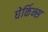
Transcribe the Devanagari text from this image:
घेर्किन्स